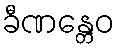
ခီဏန္တေဝ